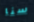
سنا